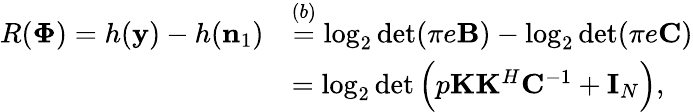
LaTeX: \begin{array}{rl}{R(\mathbf{\Phi})=h(\mathbf{y})-h(\mathbf{n}_{1})}&{\overset{(b)}=\log_{2}\operatorname*{det}(\pi e\mathbf{B})-\log_{2}\operatorname*{det}(\pi e\mathbf{C})}\\ &{=\log_{2}\operatorname*{det}\Big(p\mathbf{K}\mathbf{K}^{H}\mathbf{C}^{-1}+\mathbf{I}_{N}\Big),}\end{array}